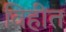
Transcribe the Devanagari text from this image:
विहीत